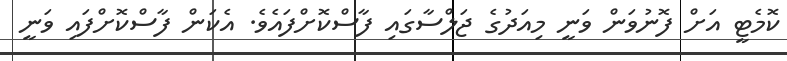
ކޮމެޓީ އަށް ފޮނުވަން ވަނީ މިއަދުގެ ޖަލްސާގައި ފާސްކޮށްފައެވެ. އެކަން ފާސްކޮށްފައި ވަނީ